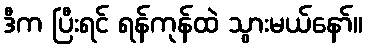
ဒီက ပြီးရင် ရန်ကုန်ထဲ သွားမယ်နော်။